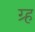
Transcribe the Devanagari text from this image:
ग्र्ह